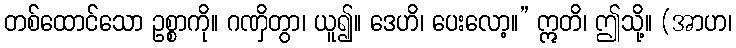
တစ်ထောင်သော ဥစ္စာကို။ ဂဏှိတွာ၊ ယူ၍။ ဒေဟိ၊ ပေးလော့။” ဣတိ၊ ဤသို့။ (အာဟ၊